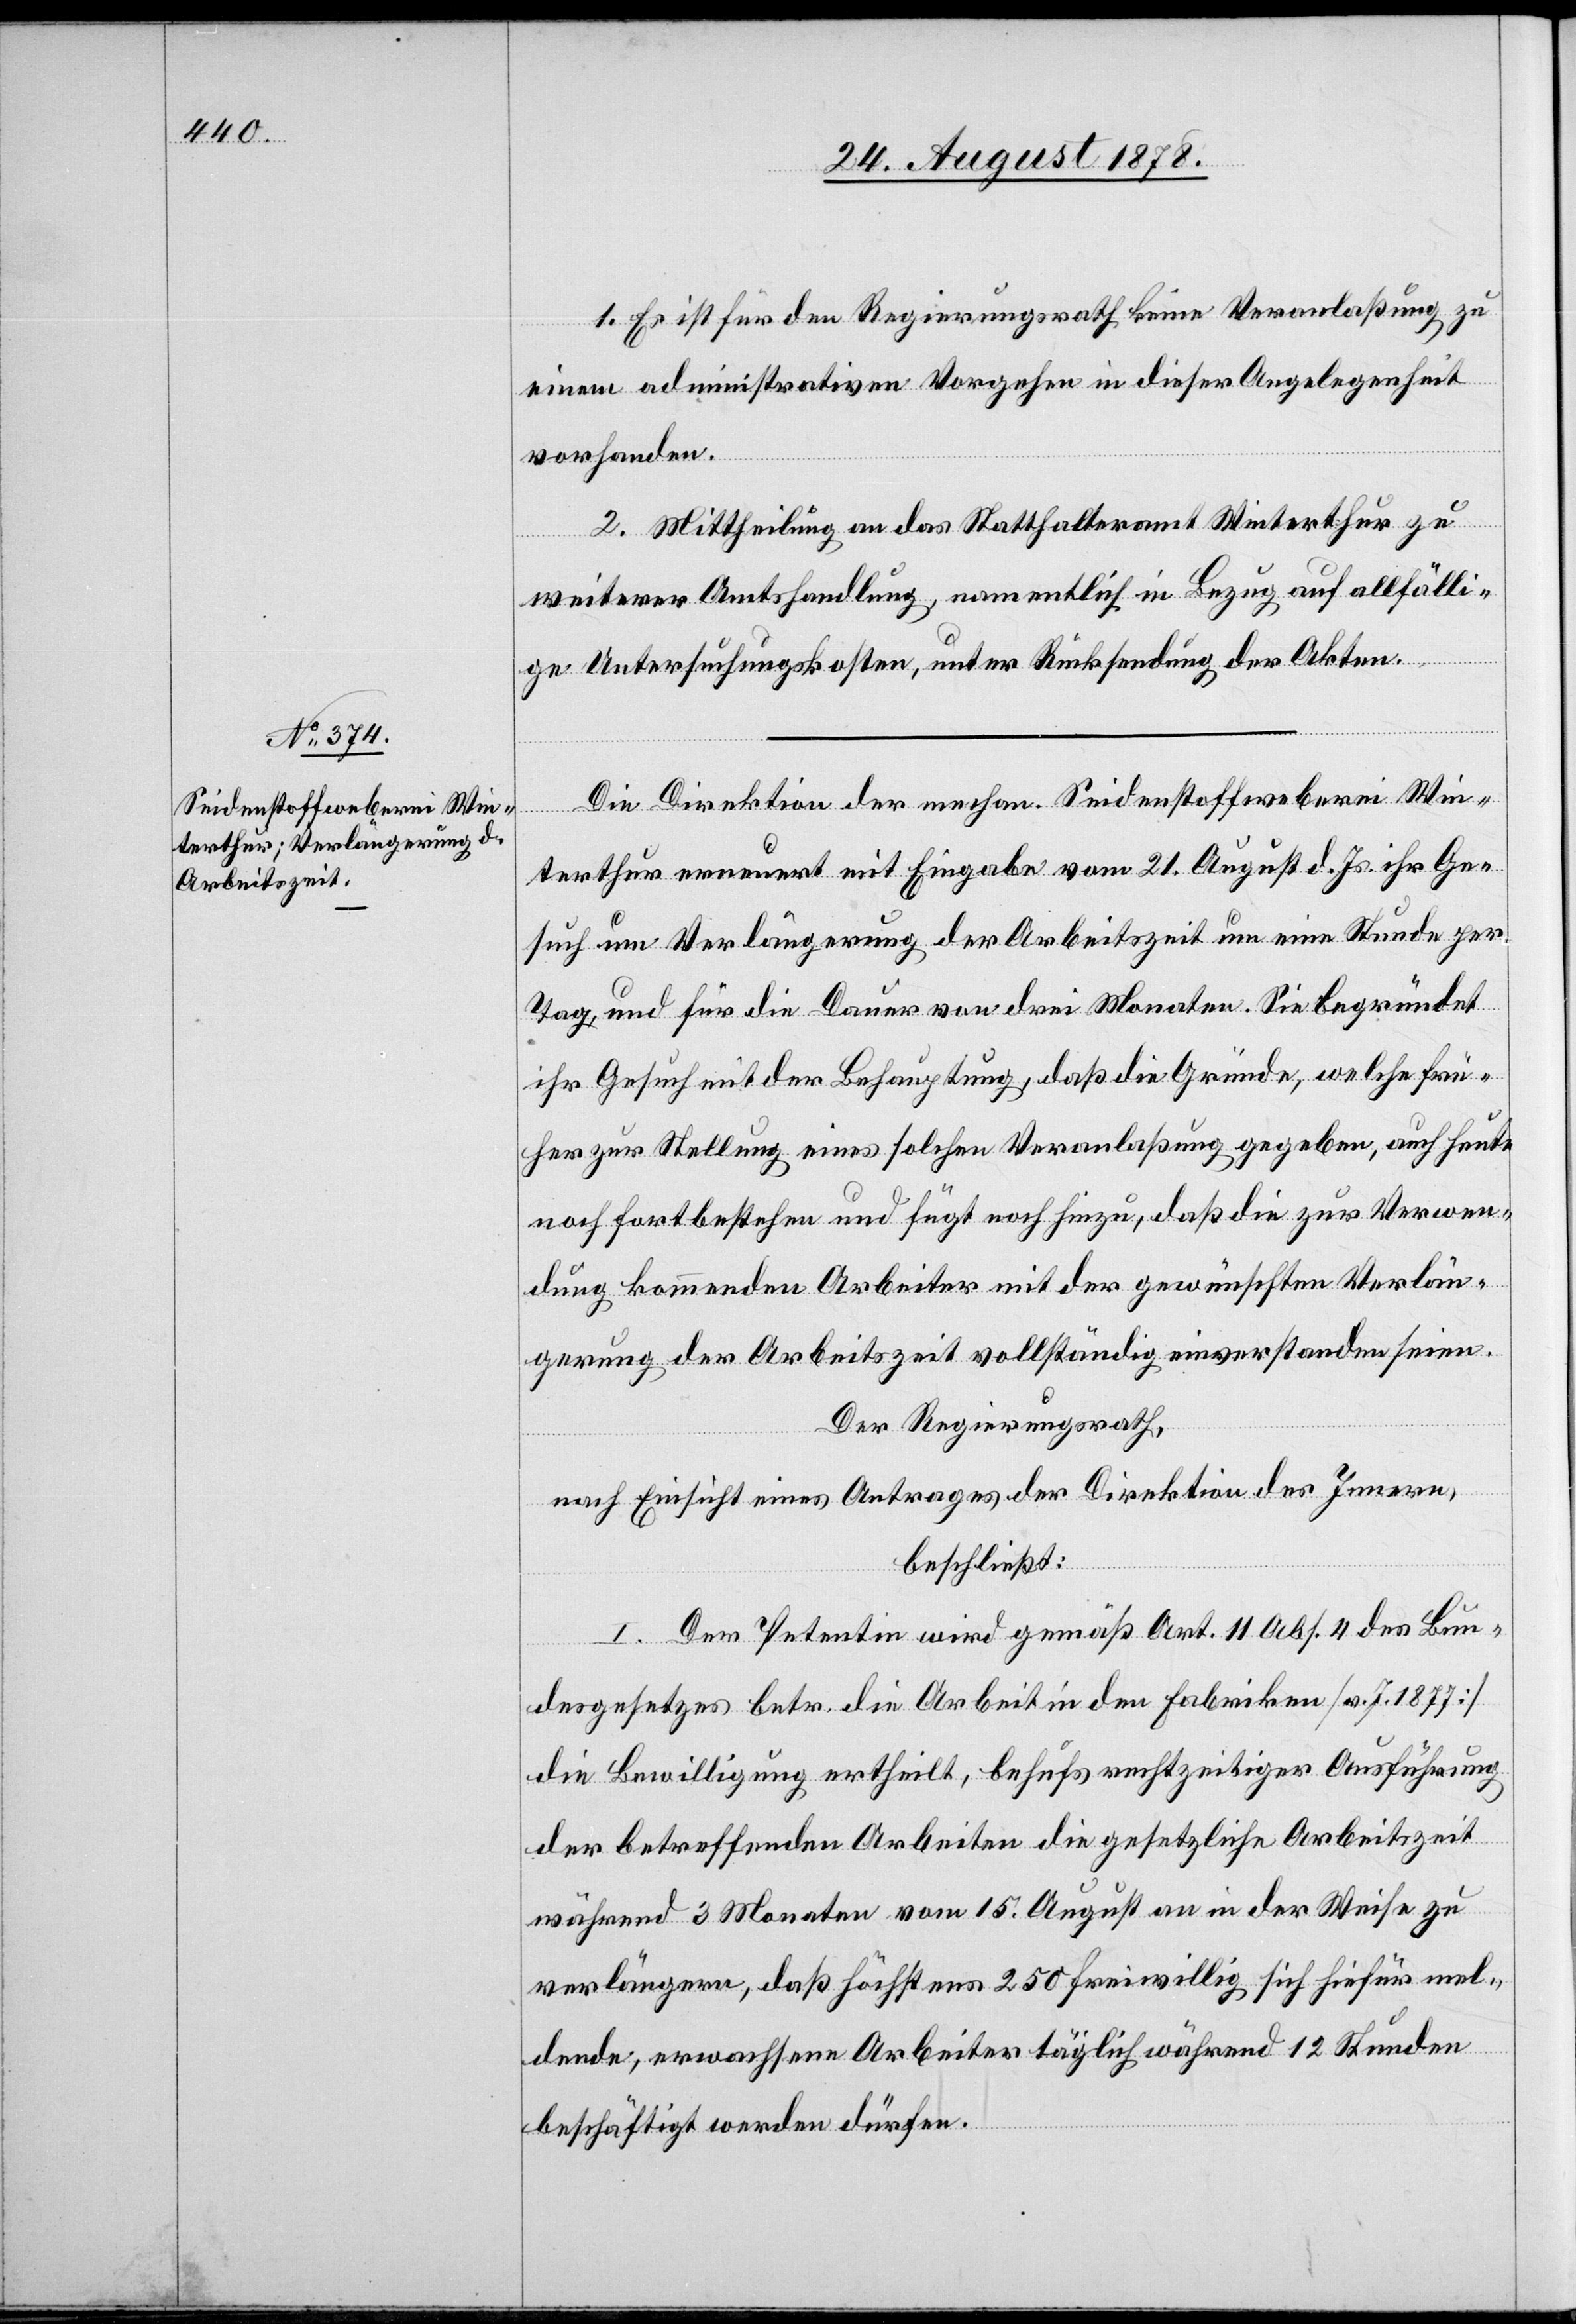
1. Es ist für den Regierungsrath keine Veranlaßung zu
einem administrativen Vorgehen in dieser Angelegenheit
vorhanden.
2. Mittheilung an das Statthalteramt Winterthur zu
weiterer Amtshandlung, namentlich in Bezug auf allfälli¬
ge Untersuchungsakten, unter Rücksendung der Akten.
Die Direktion der mechan. Seidenstoffweberei Win¬
terthur erneuert mit Eingabe vom 21. August d. Js. ihr Ge¬
such um Verlängerung der Arbeitszeit um eine Stunde per
Tag, und für die Dauer von drei Monaten. Sie begründet
ihr Gesuch mit der Behauptung, daß die Gründe, welche frü¬
her zur Stellung einer solchen Veranlaßung gegeben, auch heute
noch fortbestehen und fügt noch hinzu, daß die zur Verwen¬
dung kommenden Arbeiter mit der gewünschten Verlän¬
gerung der Arbeitszeit vollständig einverstanden seien.
Der Regierungsrath,
nach Einsicht eines Antrages der Direktion des Innern,
beschließt:
I. Der Petentin wird gemäß Art. 11 Abs. 4 des Bun¬
desgesetzes betr. die Arbeit in den Fabriken [v. J. 1877]
die Bewilligung ertheilt, behufs rechtzeitiger Ausführung
der betreffenden Arbeiten die gesetzliche Arbeitszeit
während 3 Monaten vom 15. August an in der Weise zu
verlängern, daß höchstens 250 freiwillig sich hiefür mel¬
dende, erwachsene Arbeiter täglich während 12 Stunden
beschäftigt werden dürfen.